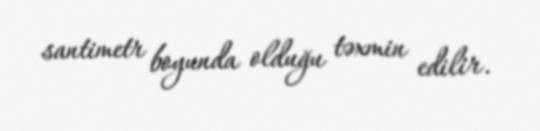
santimetr boyunda olduğu təxmin edilir.